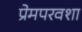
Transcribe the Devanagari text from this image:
प्रेमपरवशा